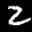
Label: 2